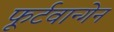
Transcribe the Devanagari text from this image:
फूर्टवान्गेन